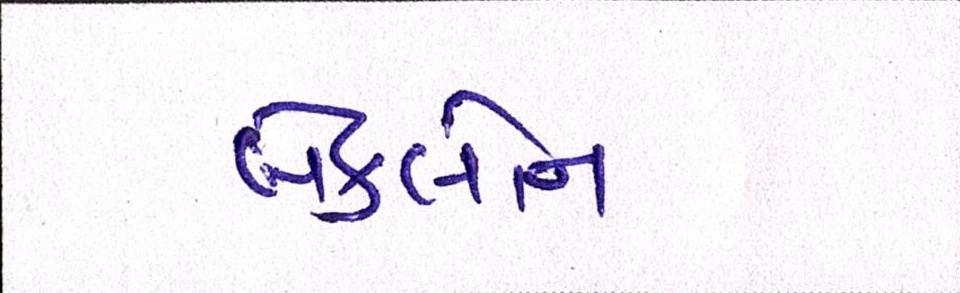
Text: બેકબોન